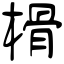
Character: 榾